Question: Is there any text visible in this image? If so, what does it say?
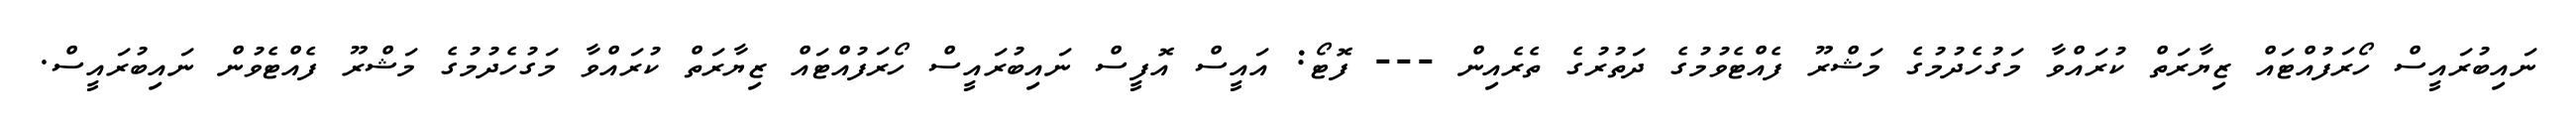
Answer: ނައިބުރައީސް ހޯރަފުއްޓައް ޒިޔާރަތް ކުރައްވާ މަގުހެދުމުގެ މަޝްރޫ ފެއްޓެވުމުގެ ދަތުރުގެ ތެރެއިން --- ފޮޓޯ: އައީސް އޮފީސް ނައިބުރައީސް ހޯރަފުއްޓައް ޒިޔާރަތް ކުރައްވާ މަގުހެދުމުގެ މަޝްރޫ ފެއްޓެވުން ނައިބުރައީސް.